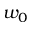
w _ { 0 }